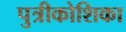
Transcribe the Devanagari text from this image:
पुत्रीकोशिका